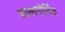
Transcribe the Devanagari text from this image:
बालगोविंद